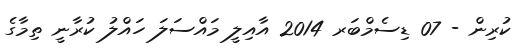
ކުރިން - 07 ޑިސެމްބަރ 2014 އާއިލީ މައްސަލަ ހައްލު ކުރާނީ ތިމާގެ